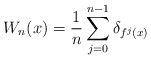
\begin{align*} W_n(x) = \frac{1}{n} \sum\limits_{j=0}^{n-1} \delta_{f^j(x)}\end{align*}